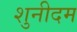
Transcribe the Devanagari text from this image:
शुनीदम